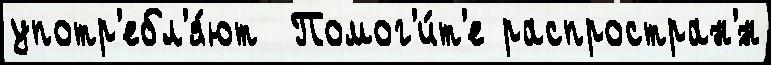
употр'ебл'я́ют  Помог'и́т'е распростран'́н